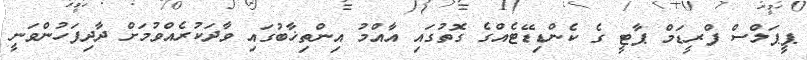
ޕީޕަލްސް ފްރީޑަމް ޕާޓީ ގެ ކެންޑިޑޭޓެއްގެ ގޮތުގައި އާއްމު އިންތިިޚާބުގައި ވާދަކުރެއްވުމަށް ދާދިފަހުންވަނީ